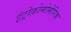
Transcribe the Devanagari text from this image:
इंट्रोक्रोमोमेरिक